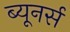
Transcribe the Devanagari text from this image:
ब्यूनर्स